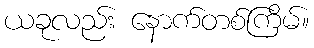
ယခုလည်း နောက်တစ်ကြိမ်။